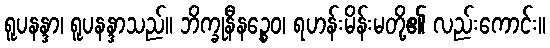
ရူပနန္ဒာ၊ ရူပနန္ဒာသည်။ ဘိက္ခုနီနဉ္စေဝ၊ ရဟန်းမိန်းမတို့၏ လည်းကောင်း။